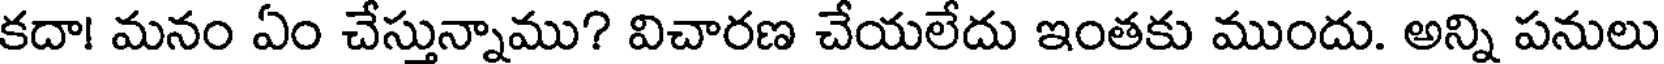
కదా! మనం ఏం చేస్తున్నాము? విచారణ చేయలేదు ఇంతకు ముందు. అన్ని పనులు